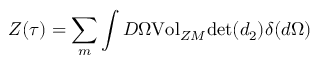
{ \cal { Z } } ( \tau { } ) = \sum _ { m } \int { \cal { D } } \Omega { \mathrm { V o l } } _ { Z M } { \mathrm { d e t } } ( d _ { 2 } ) \delta { } ( d \Omega { } )